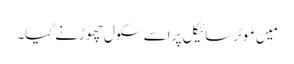
مَیں موٹرسائیکل پر اسے سکول چھوڑنے گیا۔